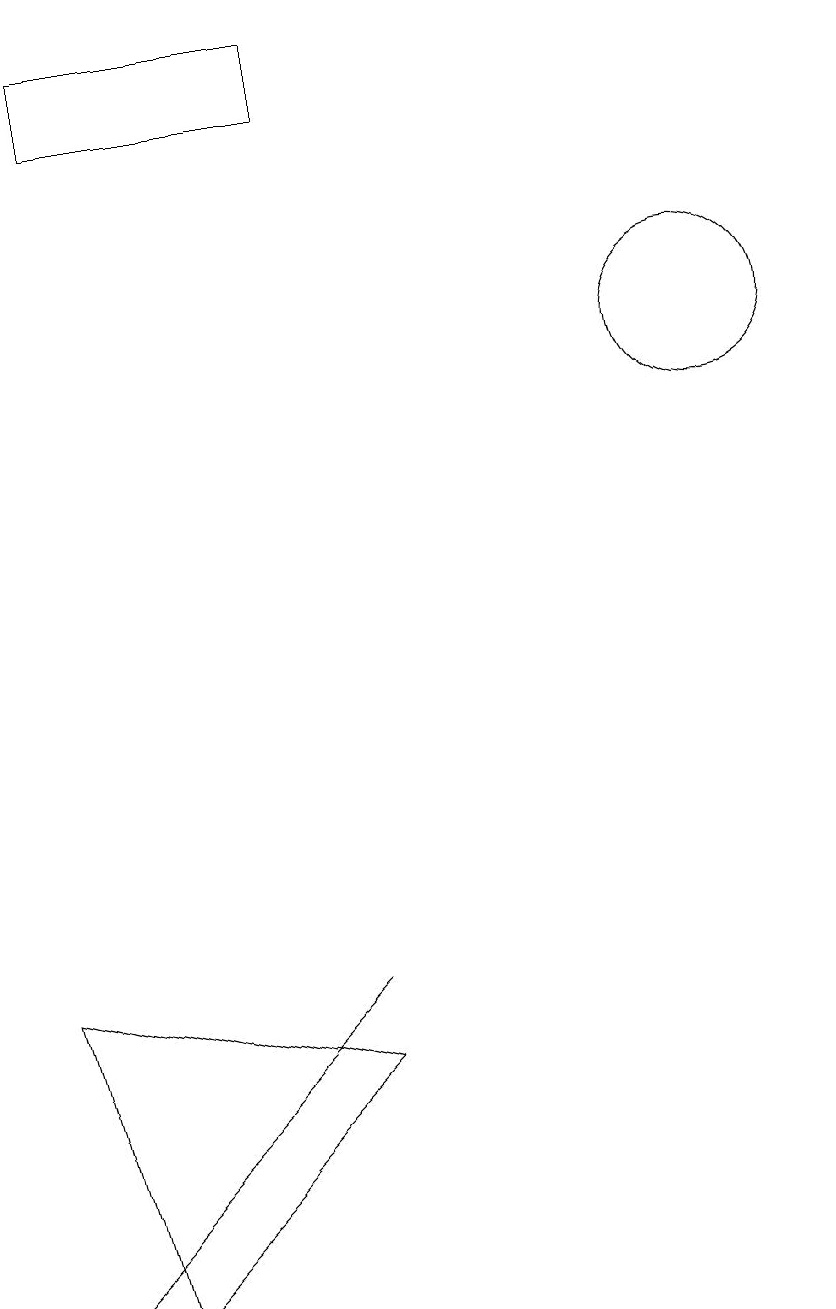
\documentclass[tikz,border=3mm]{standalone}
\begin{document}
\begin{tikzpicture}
\draw (3,16) rectangle (6,15);
\draw (2,0) -- (2,0) -- (6,4) -- cycle;
\draw (11,12) circle (1);
\draw (3,0) -- (6,3) -- (2,4) -- cycle;
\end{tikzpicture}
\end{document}